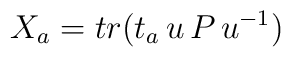
X_{a}=tr(t_{a}\,u\,P\,u^{-1})